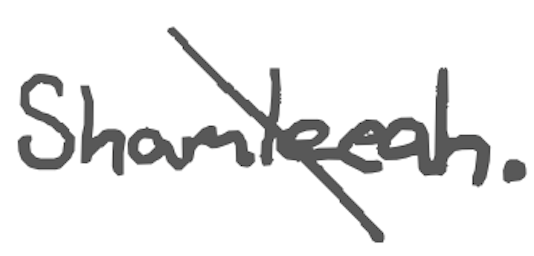
Text: Shamleeah.
Cross-out: diagonal
Writing tool: digital_gray